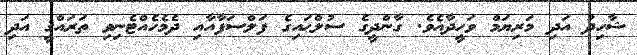
ޝާހިދު އަދި މަރިޔަމް ވަހީދާއެވެ. ގާންދީގެ ސުލްޙައިގެ ފަލްސަފާއާއި ދެމެހެއްޓެނިވި ތަރައްޤީ އަދި